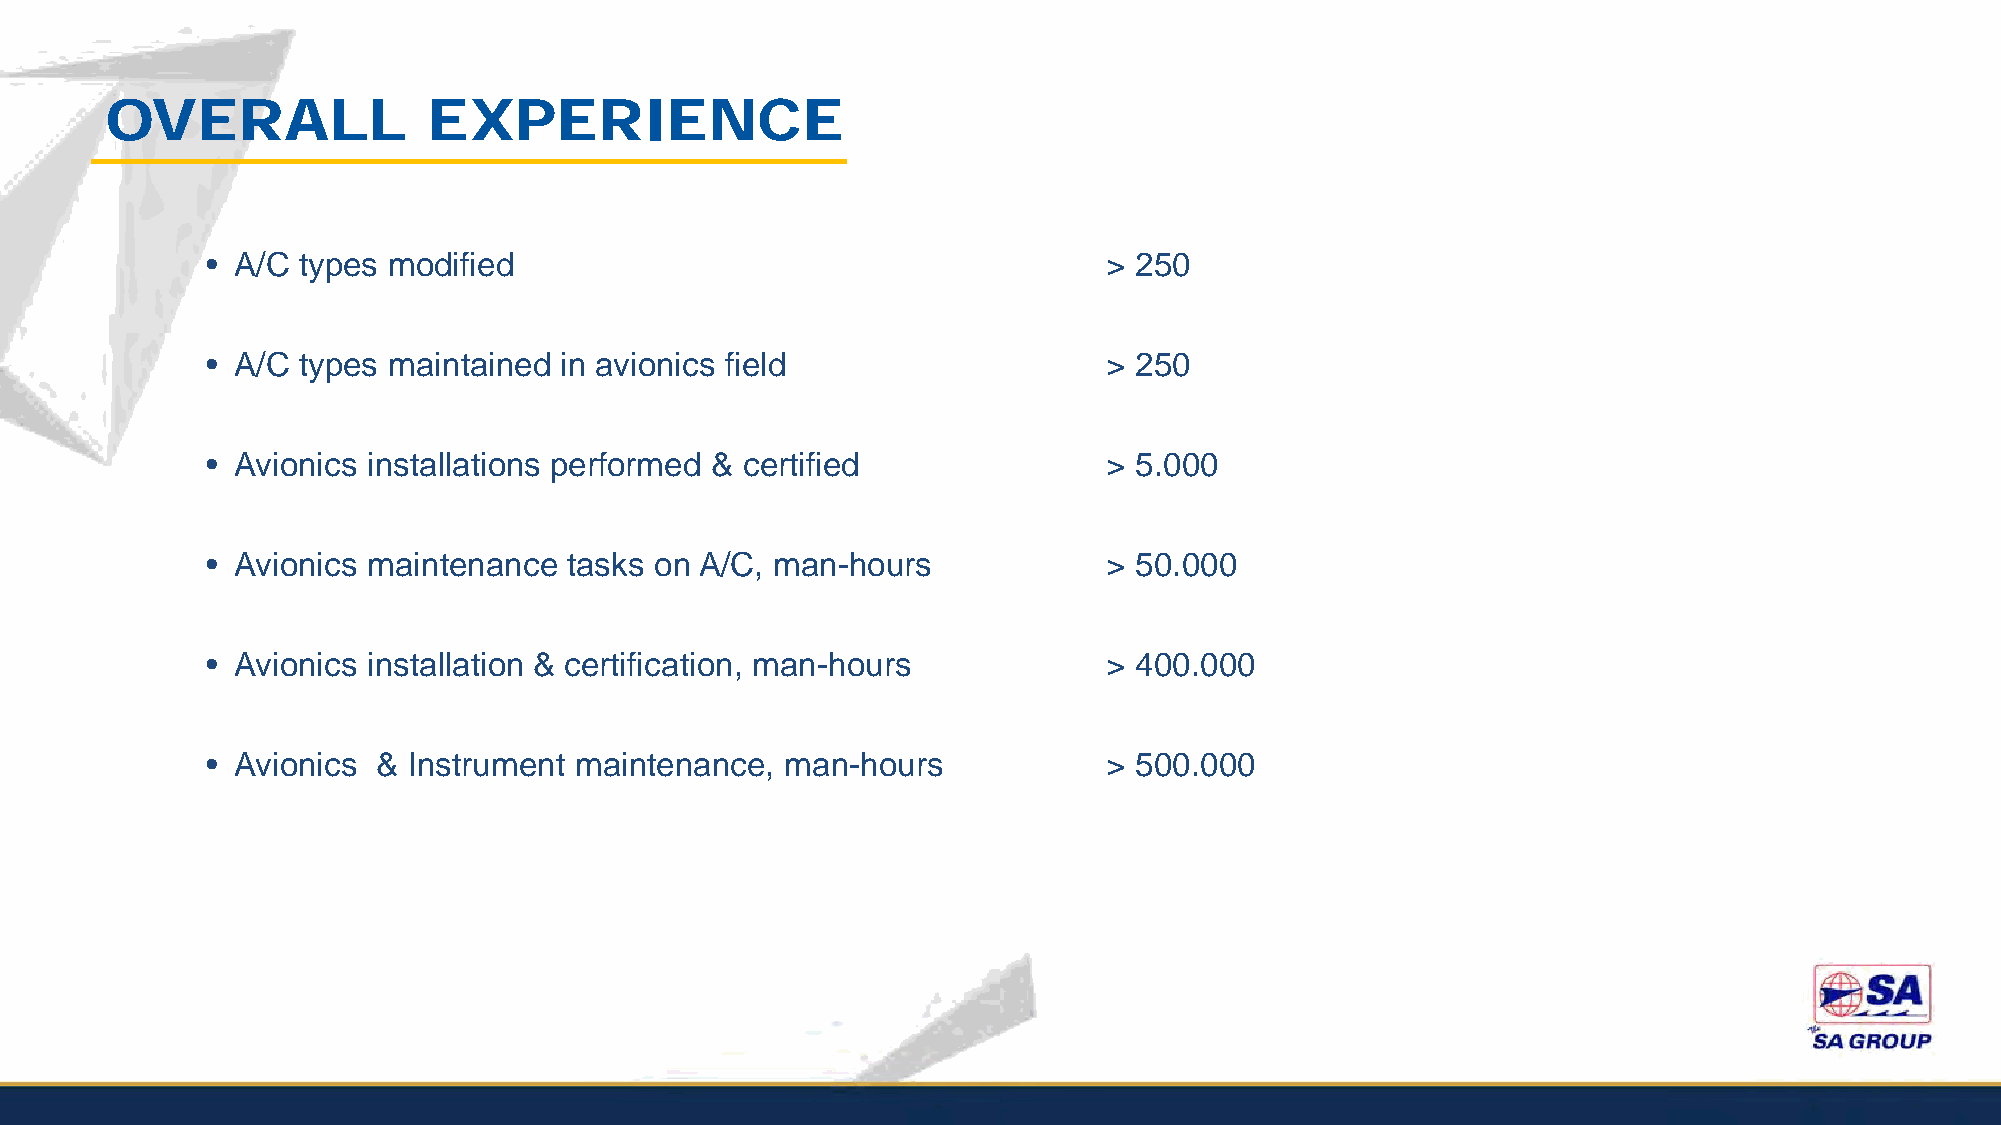
OVERALL              EXPERIENCE
 • A/C types modified                                       > 250
 • A/C types maintained in avionics field                   > 250
 • Avionics installations performed & certified             > 5.000
 • Avionics maintenance  tasks on A/C, man-hours            > 50.000
 • Avionics installation & certification, man-hours         > 400.000
 • Avionics & Instrument maintenance,  man-hours            > 500.000